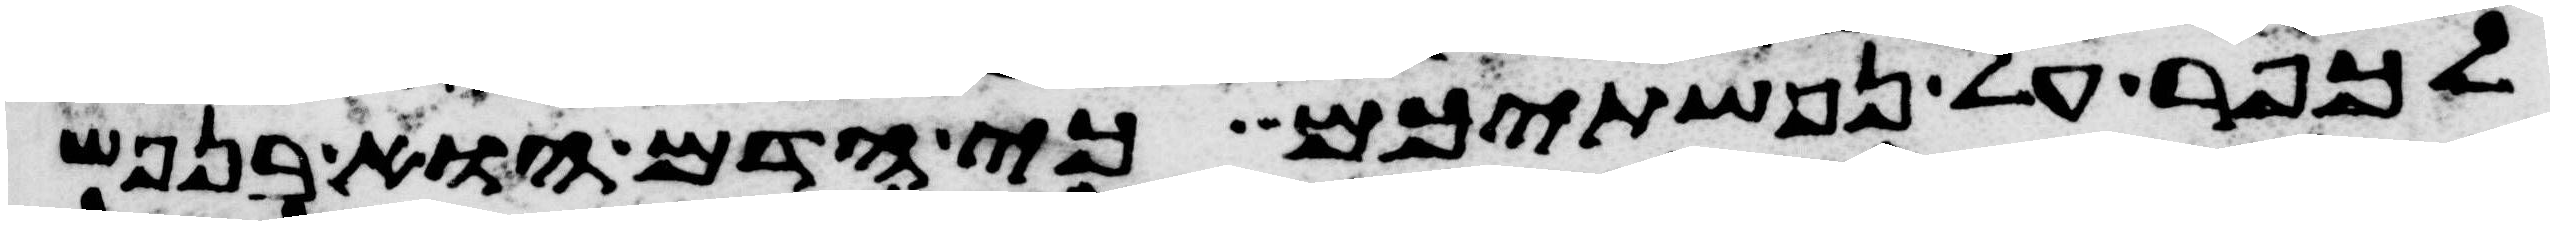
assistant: לכפר על נפשתיכם כי הדם הוא בנפש